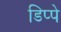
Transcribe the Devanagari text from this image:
डिप्‍पे